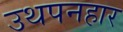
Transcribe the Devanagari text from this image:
उथपनहार